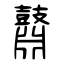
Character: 鼘